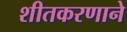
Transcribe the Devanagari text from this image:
शीतकरणाने